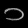
Digit: ၁